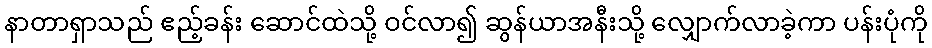
နာတာရှာသည် ဧည့်ခန်း ဆောင်ထဲသို့ ဝင်လာ၍ ဆွန်ယာအနီးသို့ လျှောက်လာခဲ့ကာ ပန်းပုံကို